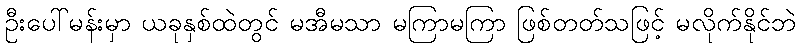
ဦးပေါ်မန်းမှာ ယခုနှစ်ထဲတွင် မအီမသာ မကြာမကြာ ဖြစ်တတ်သဖြင့် မလိုက်နိုင်ဘဲ